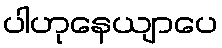
ပါဟုနေယျာပေ